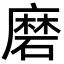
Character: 磨